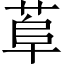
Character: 𦰺